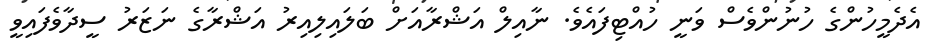
އެދެމީހުންގެ ހުނުންވެސް ވަނީ ހުއްޓިފައެވެ. ނާއިލް އަޝްރާއަށް ބަލައިލިއިރު އަޝްރާގެ ނަޒަރު ސީދާވެފައިވީ